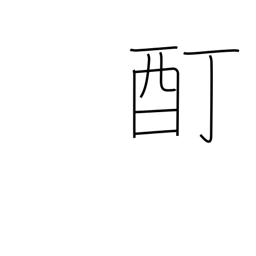
Meaning: intoxication